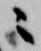
ニ